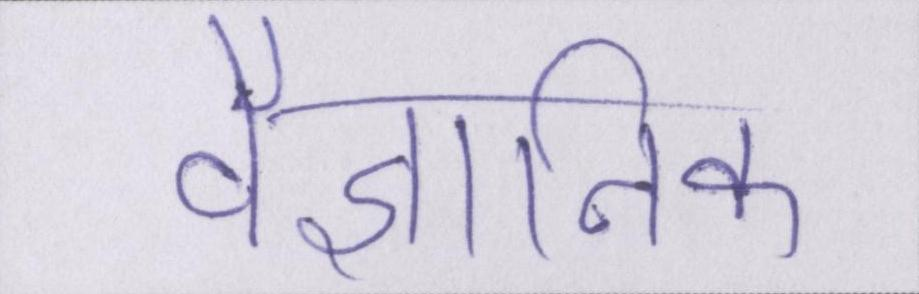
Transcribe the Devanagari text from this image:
वैज्ञानिक